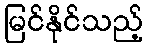
မြင်နိုင်သည့်